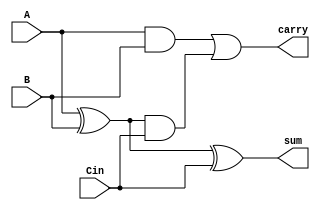
module full_adder
    (input A, 
    input B, 
    input Cin, 
    output sum, 
    output carry);

    xor xor1(AxorB, A, B);
    and and1(andout1, A, B);

    xor xor2(sum, AxorB, Cin);
    and and2(andout2, AxorB, Cin);
    
    or or1(carry, andout1, andout2);

endmodule